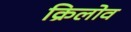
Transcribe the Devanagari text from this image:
क्रिलोव